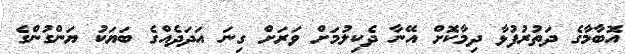
އޮބާމާގެ ދަތުރުފުޅާ ދިމާކޮށް އޭނާ ދެކިލުމަށް ވަރަށް ގިނަ އަދަދެއްގެ ބަޔަކު ޔަންގުންގެ